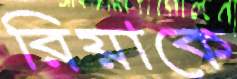
রিয়াকে